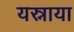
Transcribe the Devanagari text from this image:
यस्नाया